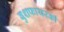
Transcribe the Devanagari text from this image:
बुशफायरकी